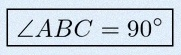
\angle ABC=90^\circ